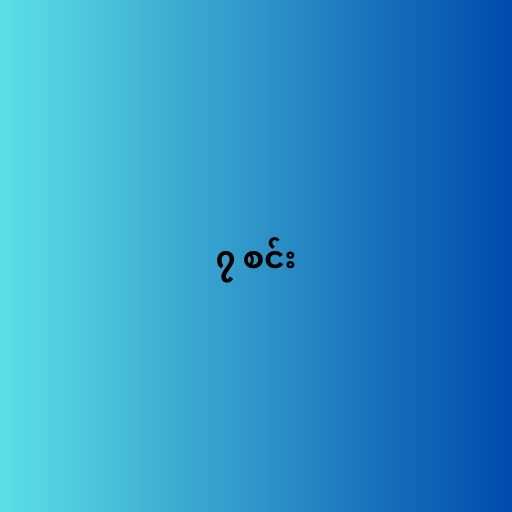
၇ စင်း